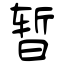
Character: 暂